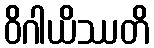
ဝိဂါယိဿတိ